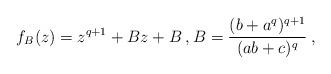
LaTeX: \begin{align*} f_B(z) = z^{q+1} + Bz + B \:, B = \frac{(b + a^{q})^{q+1}}{(ab + c)^{q}} \:, \end{align*}